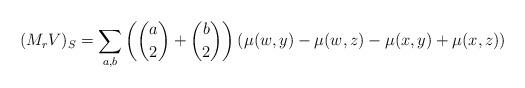
LaTeX: \begin{align*}(M_r {V})_S = \sum_{a,b} \left ( \binom{a}{2}+\binom{b}{2} \right ) \left ( \mu (w,y) - \mu (w,z) - \mu(x,y) + \mu(x,z) \right )\end{align*}